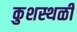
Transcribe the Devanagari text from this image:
कुशस्थळी